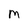
Character: M